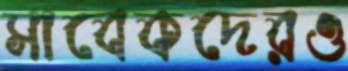
সাবেকদেরও